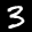
Label: 3